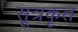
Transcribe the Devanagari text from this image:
सूत्रकृत्